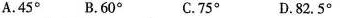
A.45° B.60° C.75° D.82.5°